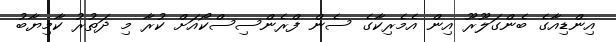
އިންޑިއާގެ ބެންގަލޫރޫ އިން އެމެރިކާގެ ސެން ފްރެންސިސްކޯއަށް ކުރާ މި ދަތުރު ކާމިޔާބު